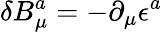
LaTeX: \delta B_{\mu}^{a}=-\partial_{\mu}\epsilon^{a}